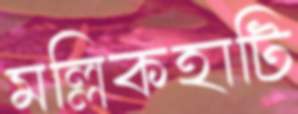
মল্লিকহাটি